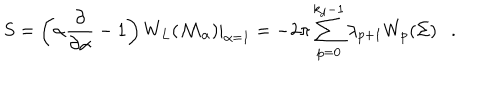
S = \left( \alpha { \frac { \partial } { \partial \alpha } } - 1 \right) W _ { L } ( { \cal M } _ { \alpha } ) | _ { \alpha = 1 } = - 2 \pi \sum _ { p = 0 } ^ { k _ { d } - 1 } \lambda _ { p + 1 } W _ { p } ( \Sigma ) .